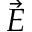
\vec { E }